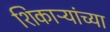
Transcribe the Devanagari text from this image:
शिकाऱ्यांच्या